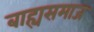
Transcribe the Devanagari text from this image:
बाह्यसमाज